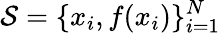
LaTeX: {\cal{S}}=\{ x_{i},f(x_{i})\} _{i=1}^{N}